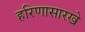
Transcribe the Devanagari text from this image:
हरिणासारखे